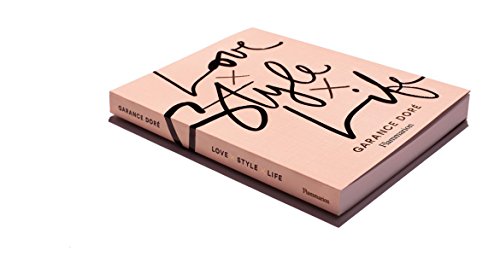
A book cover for Love x Style x Life (French Edition); Garance Dore; Arts & Photography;